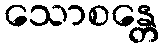
သောစန္တေ